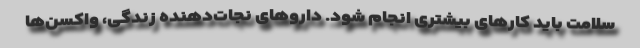
سلامت باید کارهای بیشتری انجام شود. داروهای نجات‌دهنده زندگی، واکسن‌ها